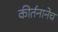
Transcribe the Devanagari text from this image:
कीर्तनानेच